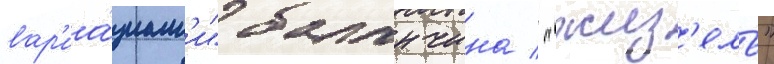
вар'иа́циам'и" баланчина / "жиз'ель"